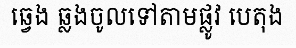
ឆ្វេង ឆ្លងចូលទៅតាមផ្លូវ បេតុង